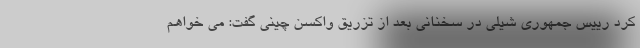
کرد رییس جمهوری شیلی در سخنانی بعد از تزریق واکسن چینی گفت: می خواهم